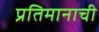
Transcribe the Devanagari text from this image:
प्रतिमानाची